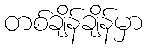
တစ်ချိန်ချိန်မှာ